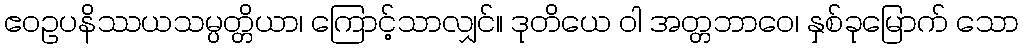
ဧဝဥပနိဿယသမ္ပတ္တိယာ၊ ကြောင့်သာလျှင်။ ဒုတိယေ ဝါ အတ္တဘာဝေ၊ နှစ်ခုမြောက် သော